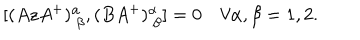
[ ( A z A ^ { + } ) _ { \ \beta } ^ { \alpha } , ( B A ^ { + } ) _ { \ \beta } ^ { \alpha } ] = 0 \quad \forall \alpha , \beta = 1 , 2 .